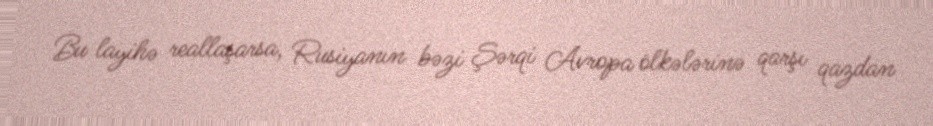
Bu layihə reallaşarsa, Rusiyanın bəzi Şərqi Avropa ölkələrinə qarşı qazdan